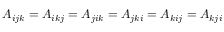
A _ { i j k } = A _ { i k j } = A _ { j i k } = A _ { j k i } = A _ { k i j } = A _ { k j i }